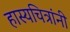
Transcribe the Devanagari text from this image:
हास्यचित्रांनी